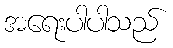
အရေးပါပါသည်